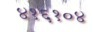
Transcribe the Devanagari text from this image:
४१६१०४